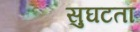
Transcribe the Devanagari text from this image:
सुघटता